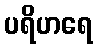
ပရိဟရေ